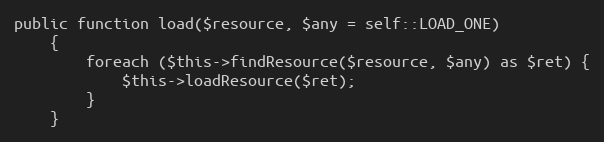
Language: PHP
public function load($resource, $any = self::LOAD_ONE)
    {
        foreach ($this->findResource($resource, $any) as $ret) {
            $this->loadResource($ret);
        }
    }